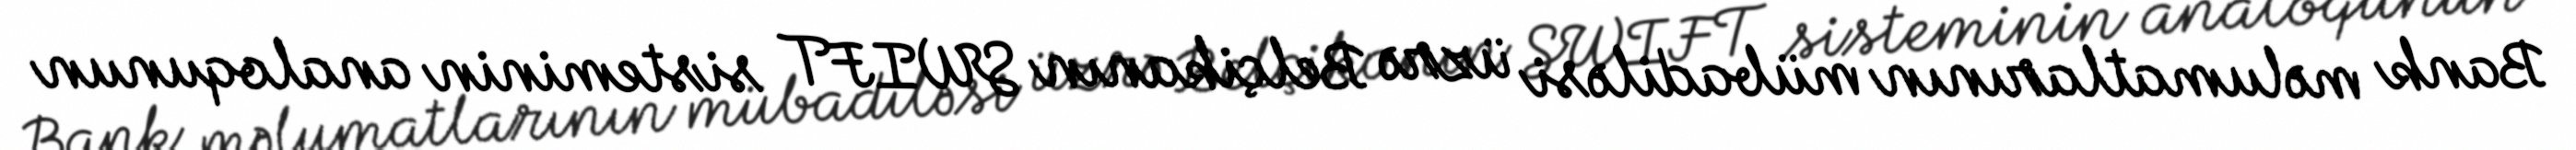
Bank məlumatlarının mübadiləsi üzrə Belçikanın SWIFT sisteminin analoqunun